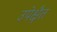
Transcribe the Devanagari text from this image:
उपेक्षैत